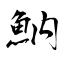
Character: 魶